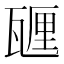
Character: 甅